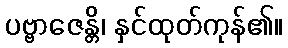
ပဗ္ဗာဇေန္တိ၊ နှင်ထုတ်ကုန်၏။